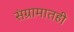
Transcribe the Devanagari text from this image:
संग्रामातही